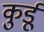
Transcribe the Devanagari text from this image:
कुर्डू